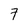
Character: 7